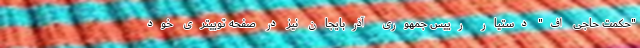
"حکمت حاجی اف" دستیار رییس جمهوری آذربایجان نیز در صفحه توییتری خود